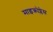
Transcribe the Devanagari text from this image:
माइक्रोप्लेस